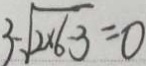
3 - \sqrt { 2 \times 6 - 3 } = 0